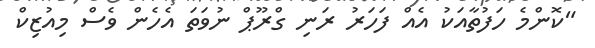
"ކޮންމެ ހަފުތާއަކު އެއް ފަހަރު ރަނި ގްރޫޕް ނުވަތަ އެހެން ވެސް މިއުޒިކް